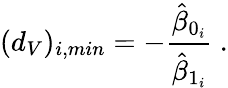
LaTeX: (d_{V})_{i,min}=-\frac{\hat{\beta}_{0_{i}}}{\hat{\beta}_{1_{i}}}\ .